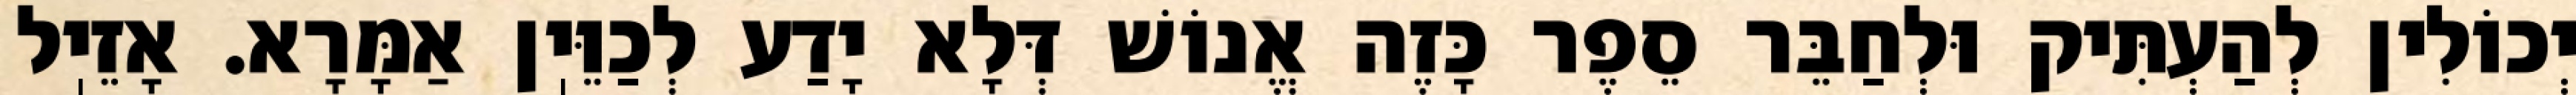
יְכוֹלִין לְהַעְתִּיק וּלְחַבֵּר סֵפֶר כָּזֶה אֱנוֹשׁ דְּלָא יָדַע לְכַוֵּיֽן אַמָּרָא. אָזֵיֽל